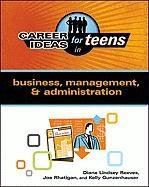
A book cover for Career Ideas for Teens in Business, Management, & Administration; Diane Lindsey Reeves; Education & Teaching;